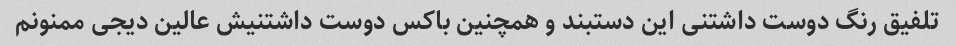
تلفیق رنگ دوست داشتنی این دستبند و همچنین باکس دوست داشتنیش عالین دیجی ممنونم